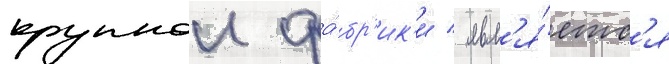
крупнои фа́бр'ик'и / явл'я́етс'я